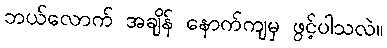
ဘယ်လောက် အချိန် နောက်ကျမှ ဖွင့်ပါသလဲ။